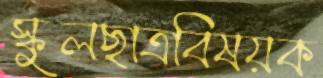
স্কুলছাত্রবিষয়ক